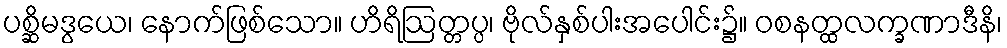
ပစ္ဆိမဒွယေ၊ နောက်ဖြစ်သော။ ဟိရိဩတ္တပ္ပ၊ ဗိုလ်နှစ်ပါးအပေါင်း၌။ ဝစနတ္ထလက္ခဏာဒီနိ၊